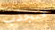
منجذب